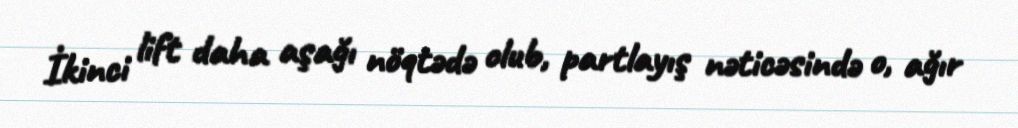
İkinci lift daha aşağı nöqtədə olub, partlayış nəticəsində o, ağır